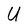
Character: U